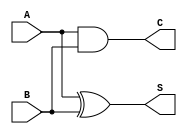
module CarryLookaheadHalfAdder (
    input wire A,   // First single-bit input
    input wire B,   // Second single-bit input
    output wire S,  // Sum output
    output wire C   // Carry output
);

    // Generate (G) and Propagate (P) signals
    wire G; // Carry Generate
    wire P; // Carry Propagate

    // Logic for Sum (S) and Carry (C)
    assign S = A ^ B;  // Sum output using XOR
    assign C = A & B;  // Carry output using AND

    // Generate and Propagate signals (not used in half-adder but defined for completeness)
    assign G = A & B;  // Carry Generate
    assign P = A ^ B;  // Carry Propagate

endmodule